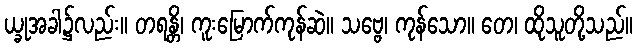
ယ္ခုအခါ၌လည်း။ တရန္တိ၊ ကူးမြောက်ကုန်ဆဲ။ သဗ္ဗေ၊ ကုန်သော။ တေ၊ ထိုသူတို့သည်။